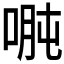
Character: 𱓇